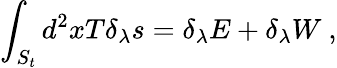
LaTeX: \int_{S_{t}}d^{2}xT\delta_{\lambda}s=\delta_{\lambda}E+\delta_{\lambda}W~,